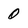
Character: 0